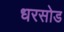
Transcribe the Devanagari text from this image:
धरसोड